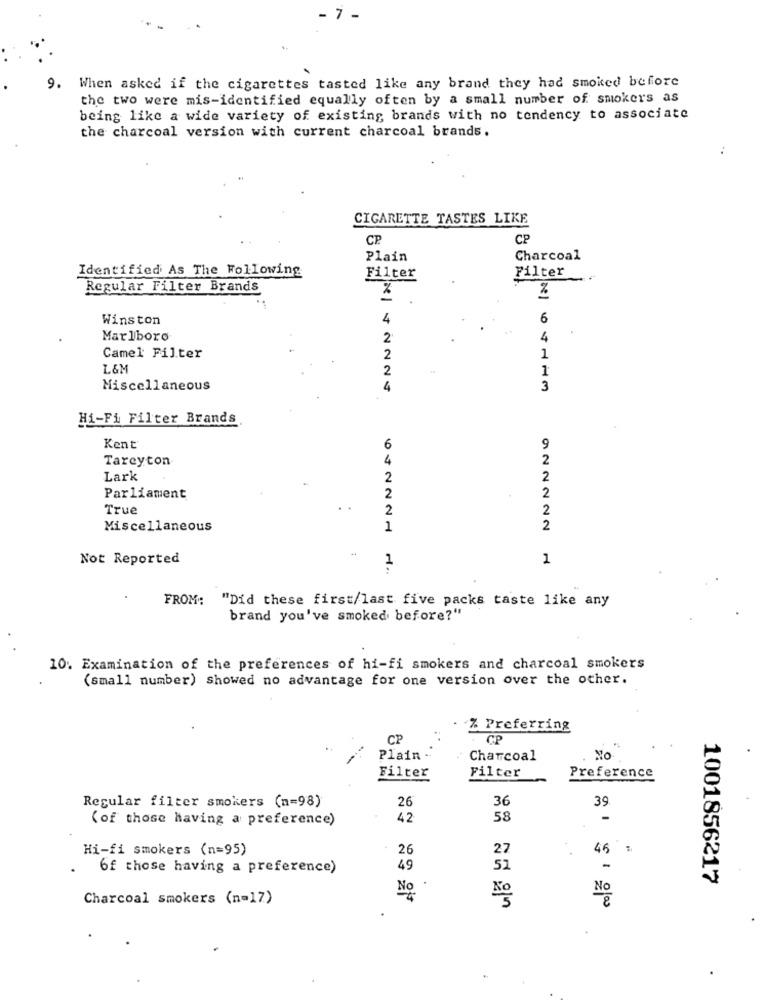
- 7 -
9. When asked if the cigarettes tasted like any brand they had smoked before
the two were mis-identified equally often by a small number of smokers as
being like a wide variety of existing brands with no tendency to associate
the charcoal version with current charcoal brands.
CIGARETTE TASTES LIKE
CP
CP
Plain
Charcoal
Identified As The Following
Filter
Filter
Regular Filter Brands
%
%
Winston
4
6
Marlboro
2
4
Camel Filter
2
1
L&M
2
Miscellaneous
4
3
Hi-Fi Filter Brands
Kent
6
9
Tarcyton
4
2
Lark
2
2
Parliament
2
2
True
2
2
Miscellaneous
1
2
Not Reported
1
1
FROM:
"Did these first/last five packs taste like any
brand you've smoked before?"
10. Examination of the preferences of hi-fi smokers and charcoal smokers
(small number) showed no advantage for one version over the other.
% Preferring
CP
GP
Plain ..
Charcoal
Filter
Preference
Filter
Regular filter smokers (n=98)
26
36
39.
(of those having a preference)
42
58
-
Hi-fi smokers (n=95)
26
27
45;
of those having a preference)
49
52
-
1001856217
No
Charcoal smokers (n=17)
.